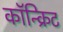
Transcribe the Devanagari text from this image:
कॉन्‍क्रिट